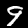
Label: 9